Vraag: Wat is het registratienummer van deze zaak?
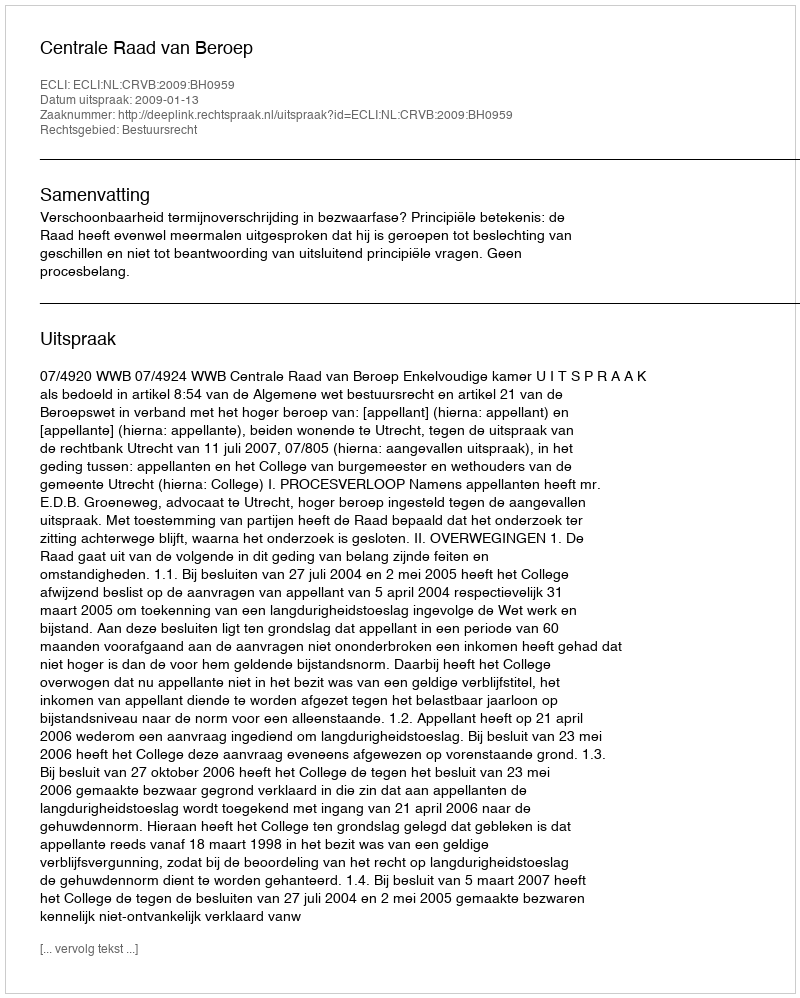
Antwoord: http://deeplink.rechtspraak.nl/uitspraak?id=ECLI:NL:CRVB:2009:BH0959